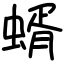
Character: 蝑